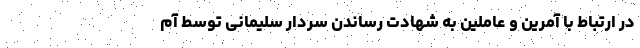
در ارتباط با آمرین و عاملین به شهادت رساندن سردار سلیمانی توسط آم